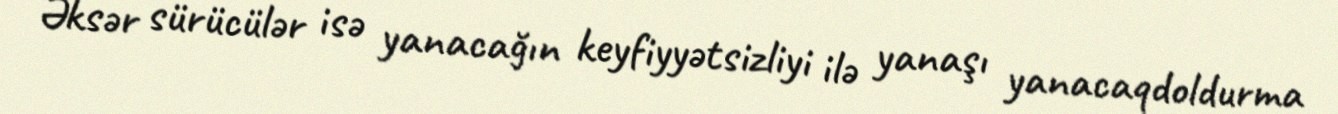
Əksər sürücülər isə yanacağın keyfiyyətsizliyi ilə yanaşı yanacaqdoldurma